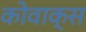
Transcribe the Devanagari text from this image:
कोवाक्स